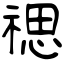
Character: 禗